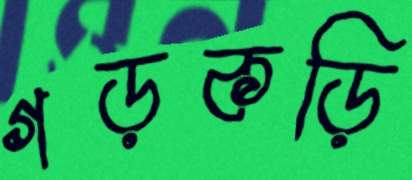
গড়কড়ি